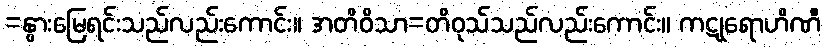
=နွားမြေရင်းသည်လည်းကောင်း။ အတိဝိသာ=တိဝုသ်သည်လည်းကောင်း။ ကဋုရောဟိဏီ